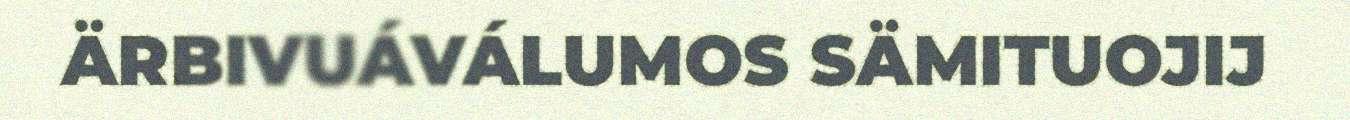
ÄRBIVUÁVÁLUMOS SÄMITUOJIJ